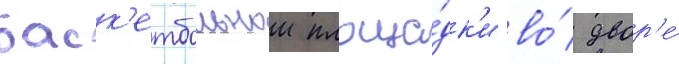
баск'етбольнои площа́дк'и во́ двор'е́